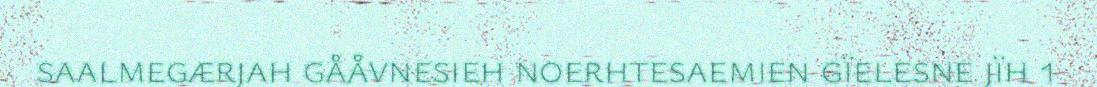
saalmegærjah gååvnesieh noerhtesaemien gïelesne jïh 1